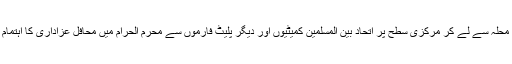
امن کمیٹیوں محلہ سے لے کر مرکزی سطح پر اتحاد بین المسلمین کمیٹیوں اور دیگر پلیٹ فارموں سے محرم الحرام میں محافل عزاداری کا اہتمام کیا جاتا رہا۔